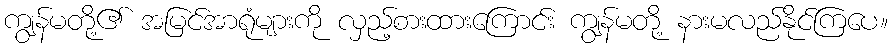
ကျွန်မတို့၏ အမြင်အာရုံများကို လှည့်စားထားကြောင်း ကျွန်မတို့ နားမလည်နိုင်ကြပေ။